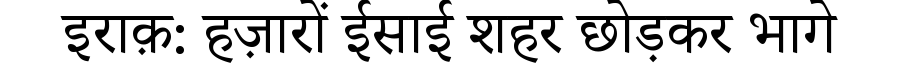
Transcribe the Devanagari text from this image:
इराक़: हज़ारों ईसाई शहर छोड़कर भागे